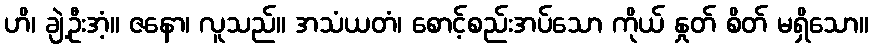
ဟိ၊ ချဲ့ဦးအံ့။ ဇနော၊ လူသည်။ အသံယတံ၊ စောင့်စည်းအပ်သော ကိုယ် နှုတ် စိတ် မရှိသော။